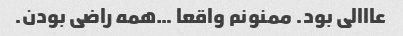
عااالی بود. ممنونم واقعا …همه راضی بودن.